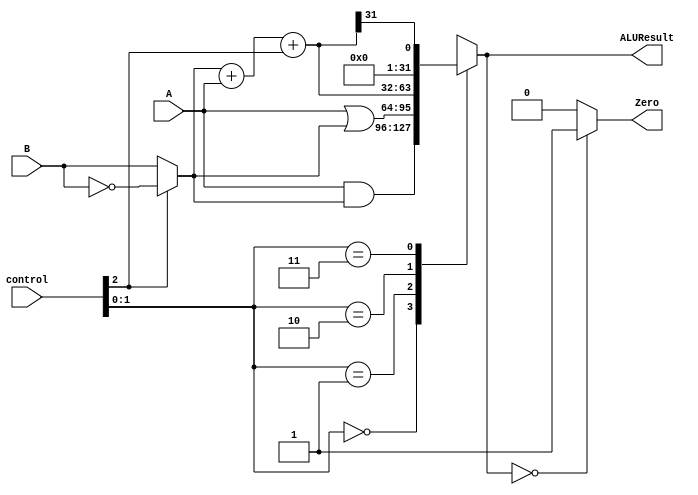
module alu_65(
    output reg [31:0] ALUResult,
    output reg Zero,
    input [31:0] A,
    input [31:0] B,
    input [2:0] control
);
    wire [31:0] notB, muxBout, S, andResult, orResult, SLT;
    wire Cout;
    assign notB = ~B;
    assign muxBout = (control[2]) ? notB : B;
    assign {Cout, S} = muxBout + A + control[2]; 
    assign andResult = A & muxBout;
    assign orResult = A | muxBout;
    assign SLT = {{31{1'b0}}, {S[31]}}; 
    always @ (control[1:0] or andResult or orResult or S or SLT or ALUResult) begin
        case(control[1:0])
            2'b00: ALUResult = andResult;
            2'b01: ALUResult = orResult;
            2'b10: ALUResult = S;
            2'b11: ALUResult = SLT;
        endcase
        if (ALUResult == 32'h00000000) begin
            Zero <= 1;
        end else begin
            Zero <= 0;
        end
    end
endmodule